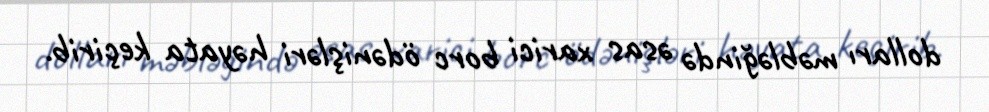
dolları məbləğində əsas xarici borc ödənişləri həyata keçirib.